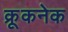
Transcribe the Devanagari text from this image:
क्रूकनेक